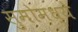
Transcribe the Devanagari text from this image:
सुमोमध्ये